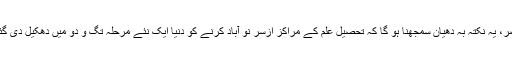
المختصر، یہ نکتہ بہ دھیان سمجھنا ہو گا کہ تحصیل علم کے مراکز ازسرِ نو آباد کرنے کو دنیا ایک نئے مرحلہِ تگ و دو میں دھکیل دی گئی ہے۔